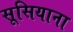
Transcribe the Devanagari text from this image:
सूसियाना